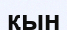
қын